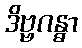
ဒိဗ္ဗဂန္ဓာ